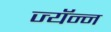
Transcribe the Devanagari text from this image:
ज्यॅन्न